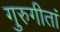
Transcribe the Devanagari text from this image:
गुरुगीतां